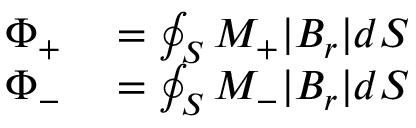
\begin{array} { r l } { \Phi _ { + } } & { { } = \oint _ { S } M _ { + } | B _ { r } | d S } \\ { \Phi _ { - } } & { { } = \oint _ { S } M _ { - } | B _ { r } | d S } \end{array}